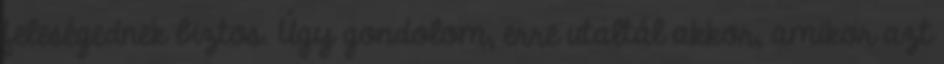
feleségednek biztos. Úgy gondolom, erre utaltál akkor, amikor azt